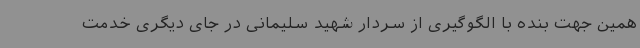
همین جهت بنده با الگوگیری از سردار شهید سلیمانی در جای دیگری خدمت